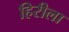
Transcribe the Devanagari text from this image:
हिरीला